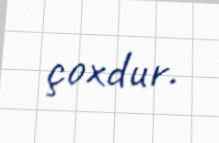
çoxdur.